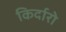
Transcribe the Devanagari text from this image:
किर्दारो